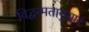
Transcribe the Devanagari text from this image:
विद्वन्मतानुसार